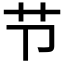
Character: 节